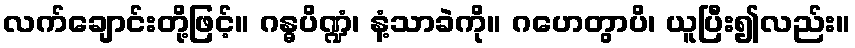
လက်ချောင်းတို့ဖြင့်။ ဂန္ဓပိဏ္ဍံ၊ နံ့သာခဲကို။ ဂဟေတွာပိ၊ ယူပြီး၍လည်း။